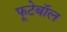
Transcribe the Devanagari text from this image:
फूटेबॉल